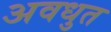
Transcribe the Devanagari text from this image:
अवधुत